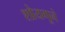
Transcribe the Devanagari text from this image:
शोयगूने